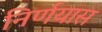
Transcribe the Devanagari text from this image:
निर्णयास